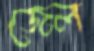
জেল